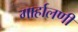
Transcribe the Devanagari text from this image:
गार्हालणी